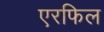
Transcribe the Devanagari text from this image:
एरफिल